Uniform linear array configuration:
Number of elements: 32
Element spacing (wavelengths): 0.5
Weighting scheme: kaiser
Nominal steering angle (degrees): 30
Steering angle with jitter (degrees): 30.737
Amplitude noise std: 0.05
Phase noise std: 0.05

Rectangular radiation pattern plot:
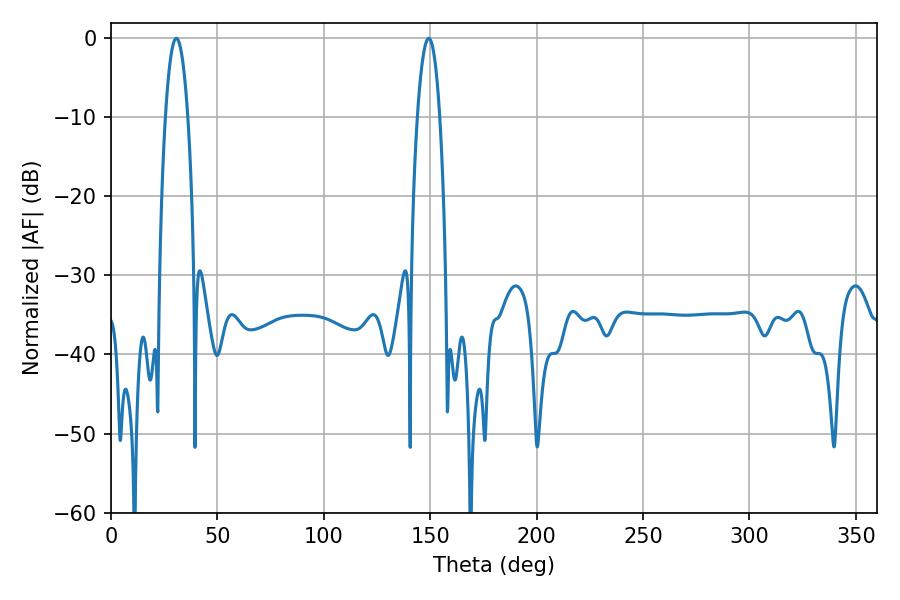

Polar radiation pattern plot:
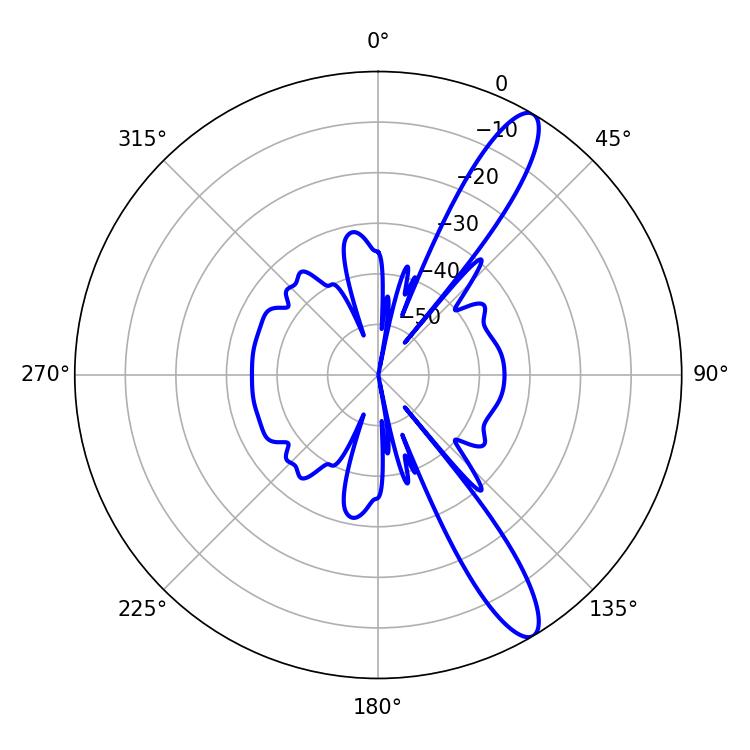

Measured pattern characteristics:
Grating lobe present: FALSE
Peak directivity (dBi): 12.531
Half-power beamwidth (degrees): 5.76
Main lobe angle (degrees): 30.78